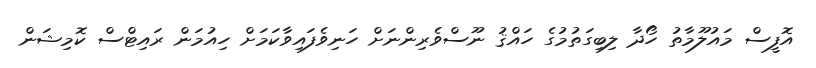
އޮފީސް މައުލޫމާތު ހޯދާ ލިބިގަތުމުގެ ހައްޤު ނޫސްވެރިންނަށް ހަނިވެފައިވާކަމަށް ހިއުމަން ރައިޓްސް ކޮމިޝަން